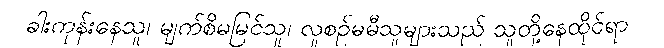
ခါးကုန်းနေသူ၊ မျက်စိမမြင်သူ၊ လူစဉ်မမီသူများသည် သူတို့နေထိုင်ရာ